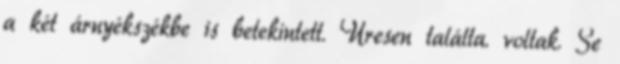
a két árnyékszékbe is betekintett. Üresen találta. voltak. Se